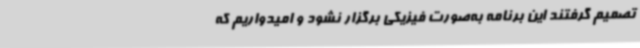
تصمیم گرفتند این برنامه به‌صورت فیزیکی برگزار نشود و امیدواریم که